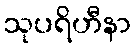
သုပရိဟီနာ